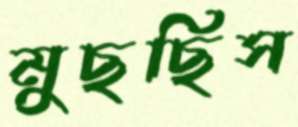
মুছছিস